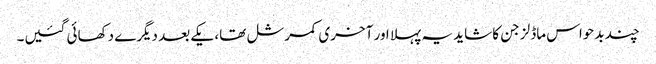
چند بدحواس ماڈلز جن کا شاید یہ پہلا اور آخری کمرشل تھا، یکے بعد دیگرے دکھائی گئیں۔